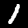
Digit: 1